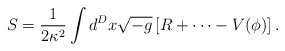
\begin{align*}S = \frac1{2\kappa^2}\int d^Dx\sqrt{-g}\left[R+\cdots-V(\phi)\right].\end{align*}